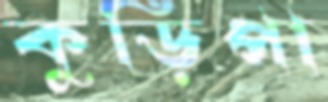
কুড়িপা